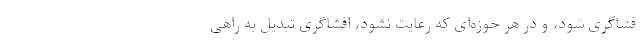
فشاگری شود، و در هر حوزه‌ای که رعایت نشود، افشاگری تبدیل به راهی